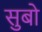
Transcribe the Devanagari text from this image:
सुबो